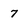
Character: 7